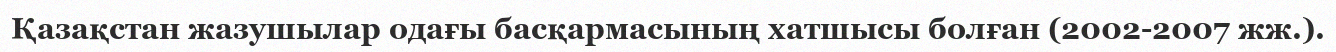
Қазақстан жазушылар одағы басқармасының хатшысы болған (2002-2007 жж.).